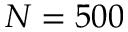
N = 5 0 0